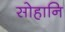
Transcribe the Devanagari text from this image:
सोहानि